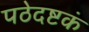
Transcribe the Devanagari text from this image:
पठेदष्टकं